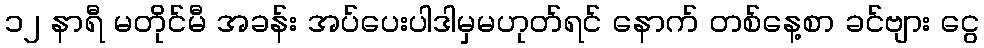
၁၂ နာရီ မတိုင်မီ အခန်း အပ်ပေးပါဒါမှမဟုတ်ရင် နောက် တစ်နေ့စာ ခင်ဗျား ငွေ